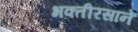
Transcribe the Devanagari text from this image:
भक्तीरसाने